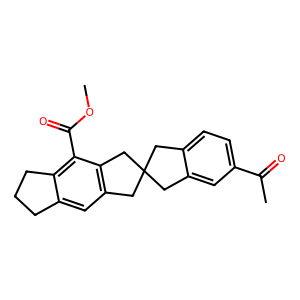
SMILES: COC(=O)c1c2c(cc3c1CC1(Cc4ccc(C(C)=O)cc4C1)C3)CCC2
Inhibits HIV replication: No